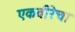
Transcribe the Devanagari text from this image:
एकवीरेचा